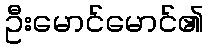
ဦးမောင်မောင်၏